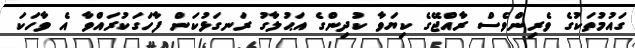
ގައުމުތަކުގެ ވެރިންވެސް ރާއްޖޭގެ ކިޔަވާ ކުދިންގެ އަޙުލާގު ރަނގަޅުކަން ފާހަގަކުރައްވާ އެ ވާހަކަ